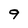
Character: 9